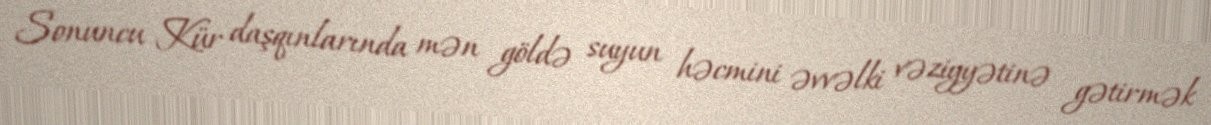
Sonuncu Kür daşqınlarında mən göldə suyun həcmini əvvəlki vəziyyətinə gətirmək